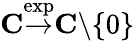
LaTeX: \mathbf{C}{\stackrel{\exp}{\to}}\mathbf{C}\backslash\{ 0\}